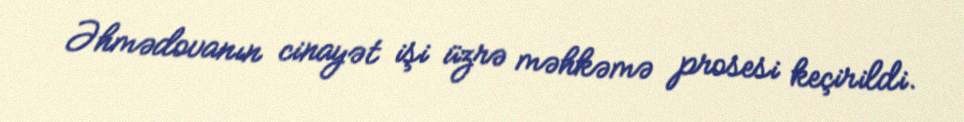
Əhmədovanın cinayət işi üzrə məhkəmə prosesi keçirildi.